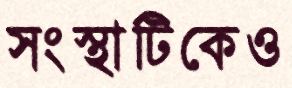
সংস্থাটিকেও